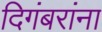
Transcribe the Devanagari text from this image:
दिगंबरांना